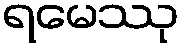
ရမေဿု